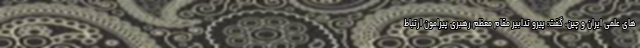
های علمی ایران و چین، گفت: پیرو تدابیر مقام معظم رهبری پیرامون ارتباط